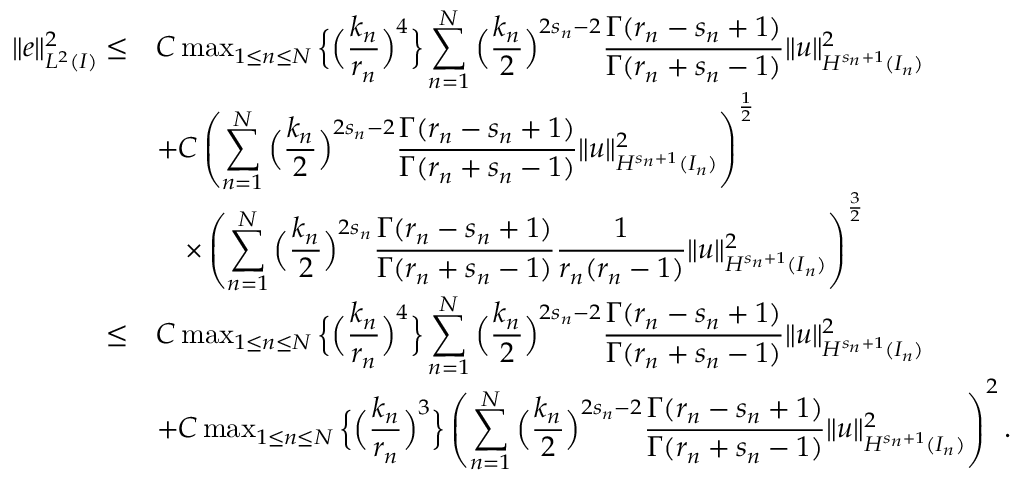
\begin{array} { r l } { \| e \| _ { L ^ { 2 } ( I ) } ^ { 2 } \le } & { C \operatorname* { m a x } _ { 1 \le n \le N } \Big \{ \Big ( \displaystyle \frac { k _ { n } } { r _ { n } } \Big ) ^ { 4 } \Big \} \displaystyle \sum _ { n = 1 } ^ { N } \Big ( \displaystyle \frac { k _ { n } } { 2 } \Big ) ^ { 2 s _ { n } - 2 } \displaystyle \frac { \Gamma ( r _ { n } - s _ { n } + 1 ) } { \Gamma ( r _ { n } + s _ { n } - 1 ) } \| u \| _ { H ^ { s _ { n } + 1 } ( I _ { n } ) } ^ { 2 } } \\ & { + C \left( \displaystyle \sum _ { n = 1 } ^ { N } \Big ( \displaystyle \frac { k _ { n } } { 2 } \Big ) ^ { 2 s _ { n } - 2 } \displaystyle \frac { \Gamma ( r _ { n } - s _ { n } + 1 ) } { \Gamma ( r _ { n } + s _ { n } - 1 ) } \| u \| _ { H ^ { s _ { n } + 1 } ( I _ { n } ) } ^ { 2 } \right) ^ { \frac { 1 } { 2 } } } \\ & { \quad \times \left( \displaystyle \sum _ { n = 1 } ^ { N } \Big ( \displaystyle \frac { k _ { n } } { 2 } \Big ) ^ { 2 s _ { n } } \displaystyle \frac { \Gamma ( r _ { n } - s _ { n } + 1 ) } { \Gamma ( r _ { n } + s _ { n } - 1 ) } \displaystyle \frac { 1 } { r _ { n } ( r _ { n } - 1 ) } \| u \| _ { H ^ { s _ { n } + 1 } ( I _ { n } ) } ^ { 2 } \right) ^ { \frac { 3 } { 2 } } } \\ { \le } & { C \operatorname* { m a x } _ { 1 \le n \le N } \Big \{ \Big ( \displaystyle \frac { k _ { n } } { r _ { n } } \Big ) ^ { 4 } \Big \} \displaystyle \sum _ { n = 1 } ^ { N } \Big ( \displaystyle \frac { k _ { n } } { 2 } \Big ) ^ { 2 s _ { n } - 2 } \displaystyle \frac { \Gamma ( r _ { n } - s _ { n } + 1 ) } { \Gamma ( r _ { n } + s _ { n } - 1 ) } \| u \| _ { H ^ { s _ { n } + 1 } ( I _ { n } ) } ^ { 2 } } \\ & { + C \operatorname* { m a x } _ { 1 \le n \le N } \Big \{ \Big ( \displaystyle \frac { k _ { n } } { r _ { n } } \Big ) ^ { 3 } \Big \} \left( \displaystyle \sum _ { n = 1 } ^ { N } \Big ( \displaystyle \frac { k _ { n } } { 2 } \Big ) ^ { 2 s _ { n } - 2 } \displaystyle \frac { \Gamma ( r _ { n } - s _ { n } + 1 ) } { \Gamma ( r _ { n } + s _ { n } - 1 ) } \| u \| _ { H ^ { s _ { n } + 1 } ( I _ { n } ) } ^ { 2 } \right) ^ { 2 } . } \end{array}